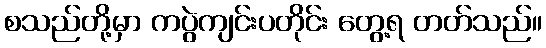
စသည်တို့မှာ ကပွဲကျင်းပတိုင်း တွေ့ရ တတ်သည်။